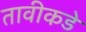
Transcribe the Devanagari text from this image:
तावीकडे